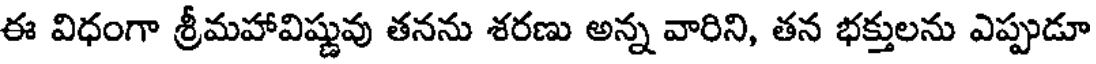
ఈ విధంగా శ్రీమహావిష్ణువు తనను శరణు అన్న వారిని, తన భక్తులను ఎప్పుడూ